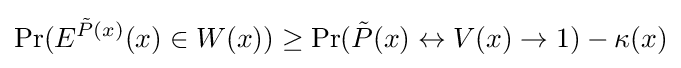
\Pr(E^{{\tilde {P}}(x)}(x)\in W(x))\geq \Pr({\tilde {P}}(x)\leftrightarrow V(x)\rightarrow 1)-\kappa (x)